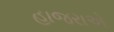
હાજરાએ